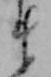
ま